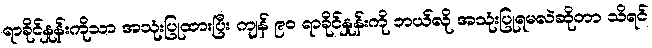
ရာခိုင်နှုန်းကိုသာ အသုံးပြုထားပြီး ကျန် ၉၀ ရာခိုင်နှုန်းကို ဘယ်လို အသုံးပြုရမလဲဆိုတာ သိရင်